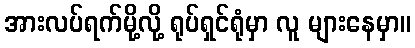
အားလပ်ရက်မို့လို့ ရုပ်ရှင်ရုံမှာ လူ များနေမှာ။